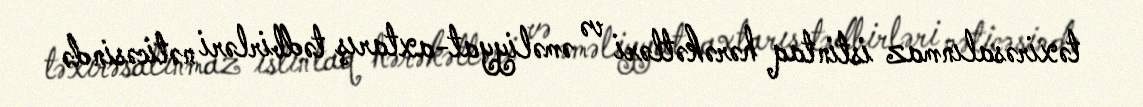
təxirəsalınmaz istintaq hərəkətləri və əməliyyat-axtarış tədbirləri nəticəsində